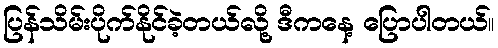
ပြန်သိမ်းပိုက်နိုင်ခဲ့တယ်လို့ ဒီကနေ့ ပြောပါတယ်။